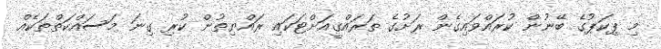
މި ޕިކަޕުގެ ބޭނުން ކުރައްވައިގެން ރަށުގެ ތަރައްޤީއަށްޓަކައި ރައްޔިތުން ކުރި ގިނަ މަސައްކަތްތަކެއް